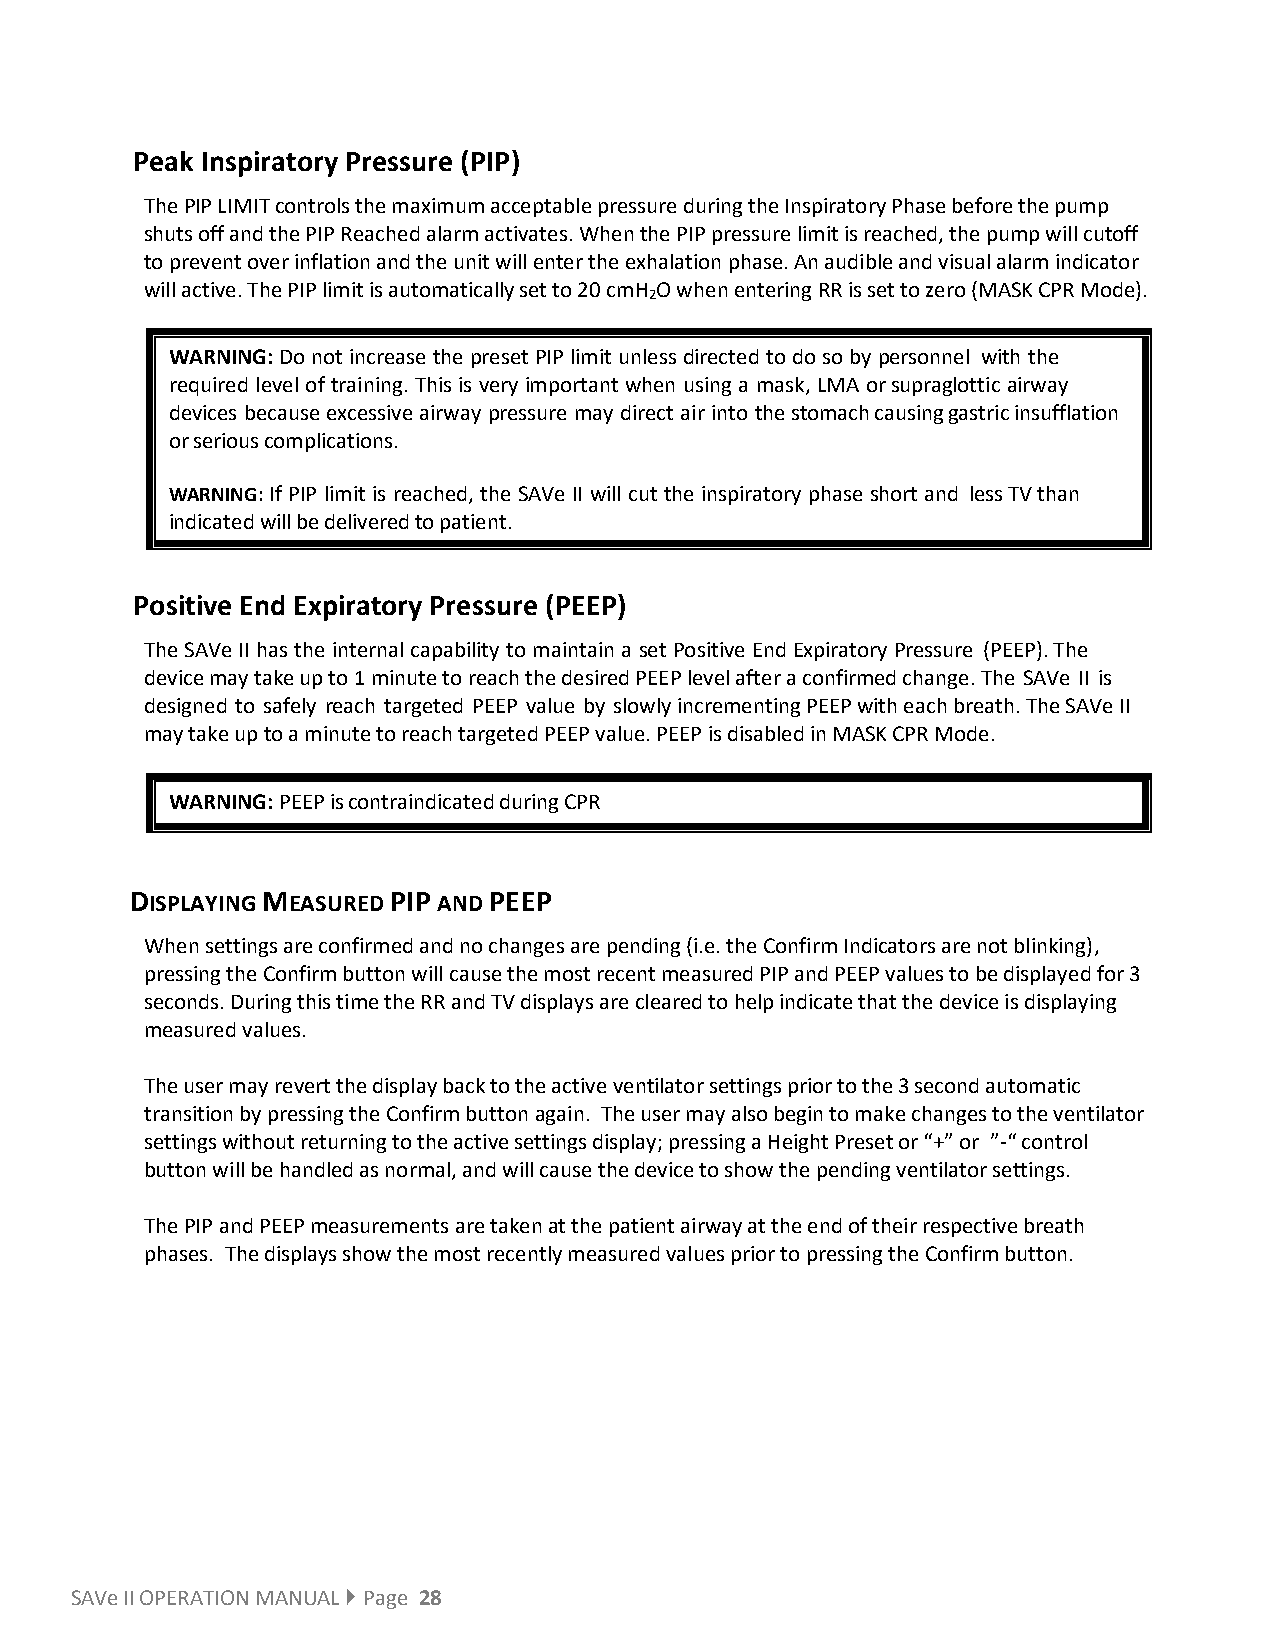
Peak Inspiratory Pressure (PIP)
 The PIP LIMIT controls the maximum acceptable pressure during the Inspiratory Phase before the pump
 shuts off and the PIP Reached alarm activates. When the PIP pressure limit is reached, the pump will cutoff
 to prevent over inflation and the unit will enter the exhalation phase. An audible and visual alarm indicator
 will active. The PIP limit is automatically set to 20 cmH O when entering RR is set to zero (MASK CPR Mode).
 2
 WARNING: Do not increase the preset PIP limit unless directed to do so by personnel with the
 required level of training. This is very important when using a mask, LMA or supraglottic airway
 devices because excessive airway pressure may direct air into the stomach causing gastric insufflation
 or serious complications.
 WARNING: If PIP limit is reached, the SAVe II will cut the inspiratory phase short and less TV than
 indicated will be delivered to patient.
 Positive End Expiratory Pressure (PEEP)
 The SAVe II has the internal capability to maintain a set Positive End Expiratory Pressure (PEEP). The
 device may take up to 1 minute to reach the desired PEEP level after a confirmed change. The SAVe II is
 designed to safely reach targeted PEEP value by slowly incrementing PEEP with each breath. The SAVe II
 may take up to a minute to reach targeted PEEP value. PEEP is disabled in MASK CPR Mode.
 WARNING: PEEP is contraindicated during CPR
 DISPLAYING MEASURED PIP AND PEEP
 When settings are confirmed and no changes are pending (i.e. the Confirm Indicators are not blinking),
 pressing the Confirm button will cause the most recent measured PIP and PEEP values to be displayed for 3
 seconds. During this time the RR and TV displays are cleared to help indicate that the device is displaying
 measured values.
 The user may revert the display back to the active ventilator settings prior to the 3 second automatic
 transition by pressing the Confirm button again. The user may also begin to make changes to the ventilator
 settings without returning to the active settings display; pressing a Height Preset or “+” or ”-“ control
 button will be handled as normal, and will cause the device to show the pending ventilator settings.
 The PIP and PEEP measurements are taken at the patient airway at the end of their respective breath
 phases. The displays show the most recently measured values prior to pressing the Confirm button.
 SAVe II OPERATION MANUAL  Page 28